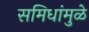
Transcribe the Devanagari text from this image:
समिधांमुळे